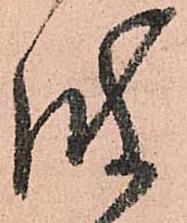
波